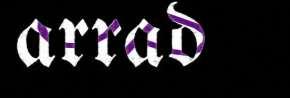
arrad